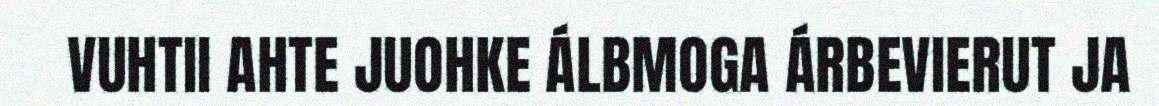
VUHTII AHTE JUOHKE ÁLBMOGA ÁRBEVIERUT JA